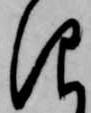
仰